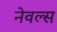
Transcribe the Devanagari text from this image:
नेवल्स